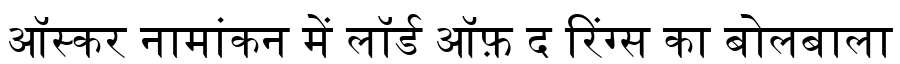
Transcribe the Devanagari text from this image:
ऑस्कर नामांकन में लॉर्ड ऑफ़ द रिंग्स का बोलबाला